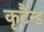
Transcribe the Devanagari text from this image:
कृटैन्ड